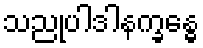
သညုပါဒါနက္ခန္ဓေ